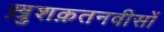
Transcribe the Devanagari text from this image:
ख़ुशक़तनवीसों